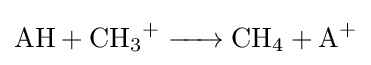
{\ce {AH + CH3+ -> CH4 + A+}}